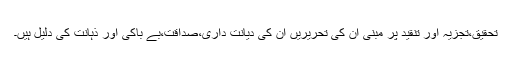
تحقیق،تجزیہ اور تنقید پر مبنی ان کی تحریریں ان کی دیانت داری،صداقت،بے باکی اور ذہانت کی دلیل ہیں۔